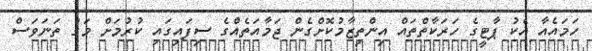
ހަމައެއާ އެކު ޕާޓީގެ ހަރަކާތްތައް އިންތިޒާމުކޮށްގެން ޖަމާއަތެއްގެ ސިފައިގައި ކުރުމަށް މަގު ތަނަވަސް